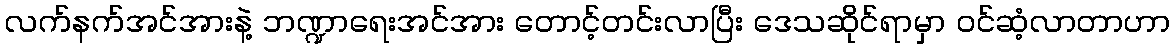
လက်နက်အင်အားနဲ့ ဘဏ္ဍာရေးအင်အား တောင့်တင်းလာပြီး ဒေသဆိုင်ရာမှာ ဝင်ဆံ့လာတာဟာ